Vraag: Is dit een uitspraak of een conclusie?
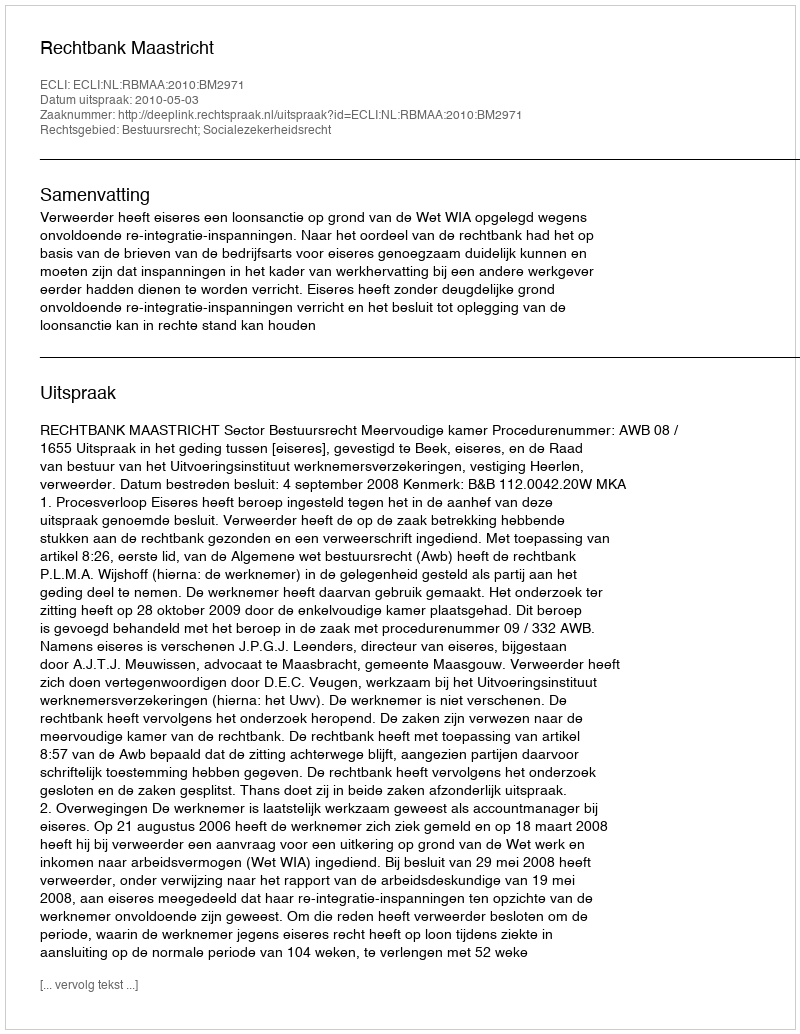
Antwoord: Uitspraak